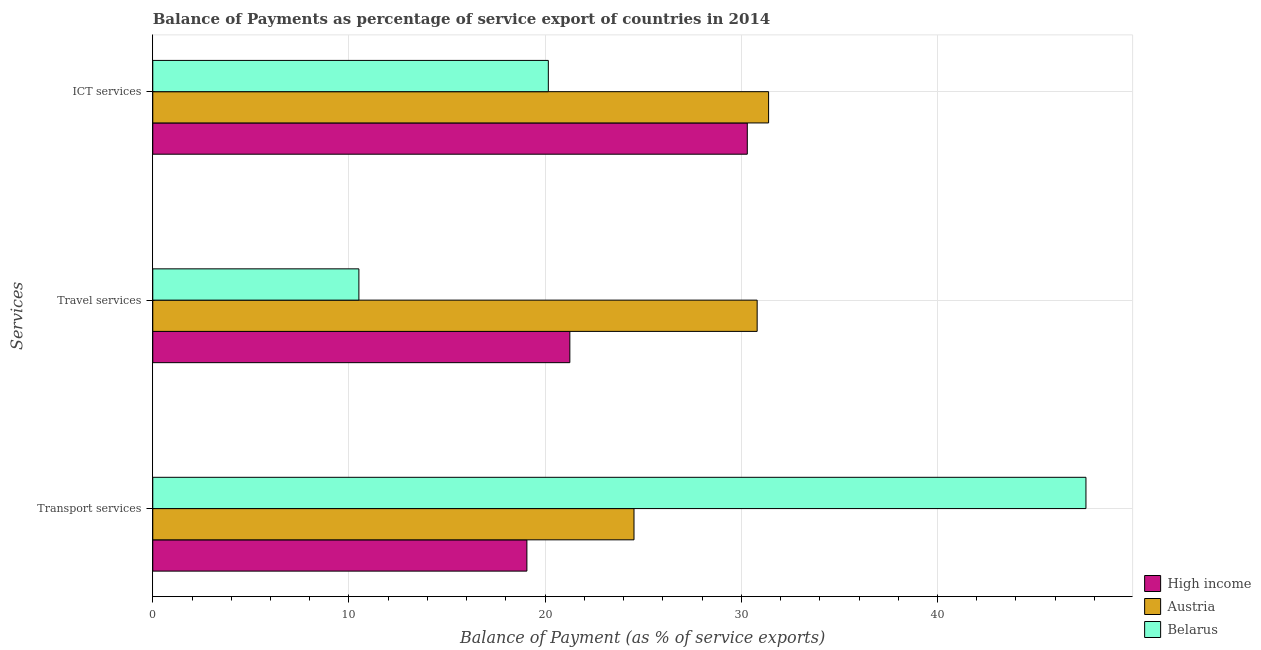
| Services | High income | Austria | Belarus |
 | --- | --- | --- | --- |
 | Transport services | 19.1 | 24.5 | 47.6 |
 | Travel services | 21.3 | 30.8 | 10.5 |
 | ICT services | 30.3 | 31.4 | 20.2 |